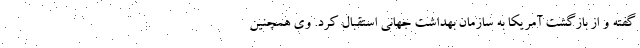
گفته و از بازگشت آمریکا به سازمان بهداشت جهانی استقبال کرد. وی همچنین